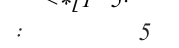
:        5